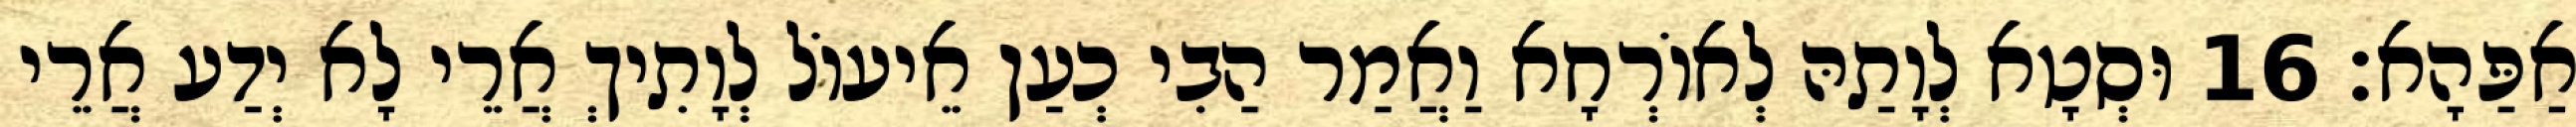
אַפַּהָא׃ 16 וּסְטָא לְוָתַהּ לְאוֹרְחָא וַאֲמַר הַבִי כְעַן אֵיעוֹל לְוָתִיךְ אֲרֵי לָא יְדַע אֲרֵי